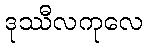
ဒုဿီလကုလေ